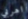
اهربي